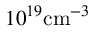
1 0 ^ { 1 9 } \mathrm { c m } ^ { - 3 }